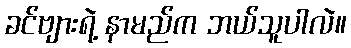
ခင်ဗျားရဲ့ နာမည်က ဘယ်သူပါလဲ။